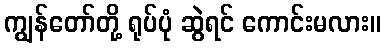
ကျွန်တော်တို့ ရုပ်ပုံ ဆွဲရင် ကောင်းမလား။